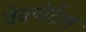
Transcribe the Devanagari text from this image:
वेबपोर्टल